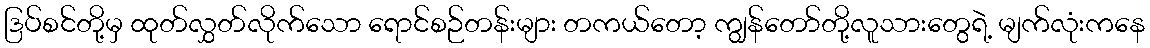
ဒြပ်စင်တို့မှ ထုတ်လွှတ်လိုက်သော ရောင်စဉ်တန်းများ တကယ်တော့ ကျွန်တော်တို့လူသားတွေရဲ့ မျက်လုံးကနေ